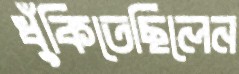
ধুঁকিতেছিলেন